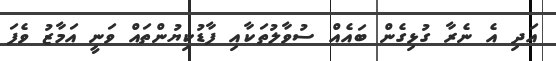
އަދި އެ ނެރާ ގުޅިގެން ބައެއް ސުވާލުތަކާއި ފާޑުކިޔުންތައް ވަނީ އަމާޒު ވެފަ